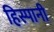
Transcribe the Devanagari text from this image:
हिस्पानी